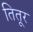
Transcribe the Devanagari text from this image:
तितूर